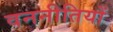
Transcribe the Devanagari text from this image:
वननीतियों